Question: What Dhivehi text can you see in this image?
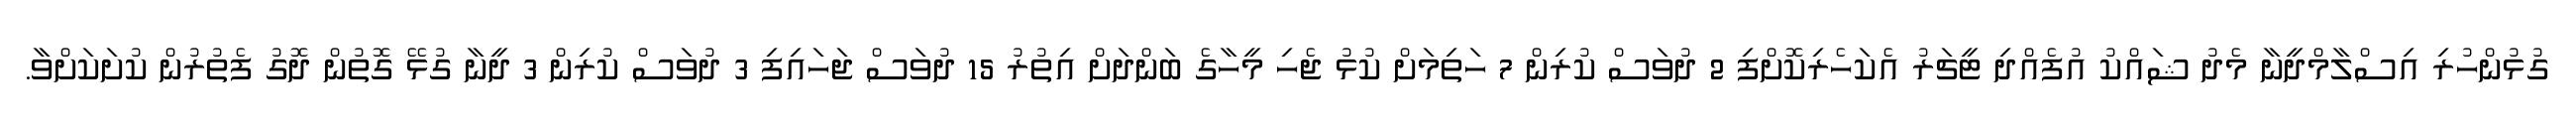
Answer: ގުޅުންހުރި އިސްލާމްދީނާ މެދު ޝައްކު އުފެއްދި ޓީޗަރު އެކަހެރިކޮށްފި 2 ދުވަސް ކުރިން 7 ހަތިމަށް ކުޅު ޖެހި މީހާގެ ބަންދަށް އިތުރު 15 ދުވަސް ޖަހައިފި 3 ދުވަސް ކުރިން 3 ދީނާ ގުޅޭ ގޮތުން ދޮގު ފެތުރުން ކުށަކަށްވާ.